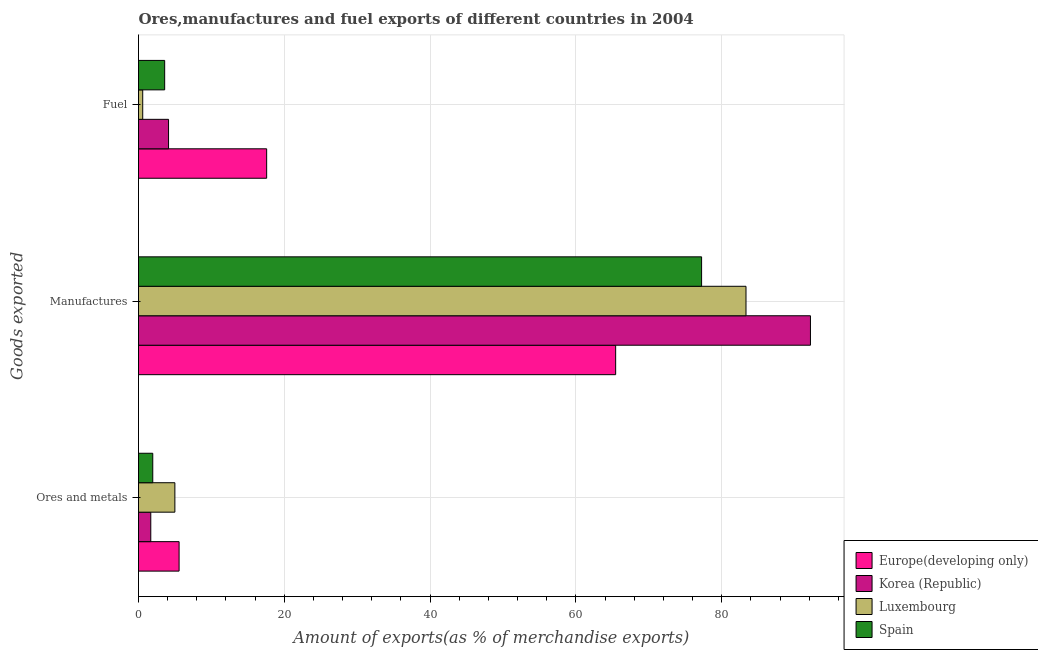
| Goods exported | Europe(developing only) | Korea (Republic) | Luxembourg | Spain |
 | --- | --- | --- | --- | --- |
 | Ores and metals | 5.57 | 1.68 | 4.99 | 1.96 |
 | Manufactures | 65.5 | 92.2 | 83.3 | 77.2 |
 | Fuel | 17.6 | 4.12 | 0.577 | 3.59 |